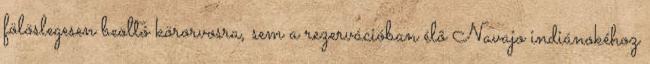
fölöslegesen beoltó körorvosra, sem a rezervációban élõ Navajo indiánokéhoz